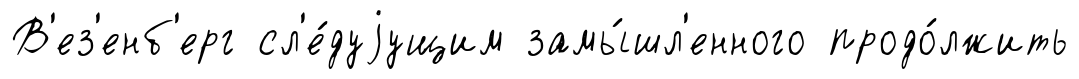
В'ез'енб'ерг сл'е́дуjущим замы́шл'енного продо́лжить